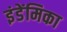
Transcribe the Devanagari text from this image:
इंडेंमिका